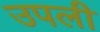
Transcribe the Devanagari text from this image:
उपली